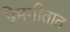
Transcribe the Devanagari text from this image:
प्रेमगीतात